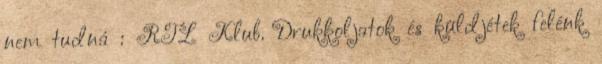
nem tudná : RTL Klub. Drukkoljatok és küldjétek felénk